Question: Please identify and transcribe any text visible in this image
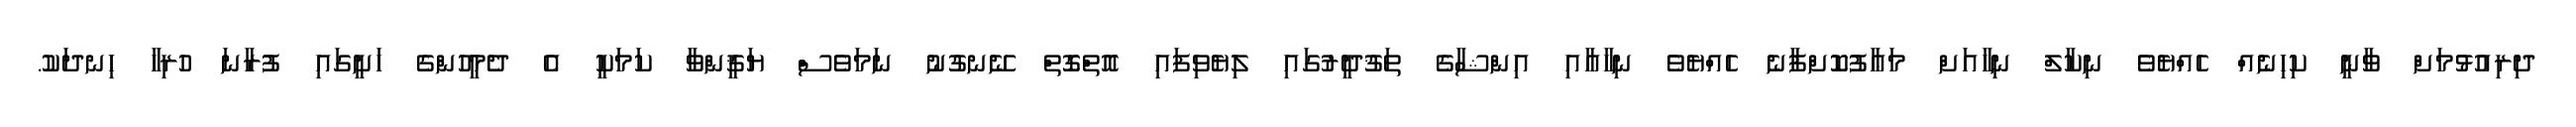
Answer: ދިރިއުޅުމަށް ވާނީ ކިހިނެއް ހެއްޔެވެ ނިކާލް ނިހާއަށް މަޢާފުކޮށްފާނެ ހެއްޔެވެ ނިހާއާއި އިންޝާގެ ތަޤުދީރުގައި ލިޔެވިފައި އޮތްގޮތް ނޭނގުނު ނަމަވެސް ޔަޤީންވާ ކަމަކީ އެ ދެމީހުންގެ ހަށީގައި ފުރާނަ ހުރިހާ ހިނދަކު.